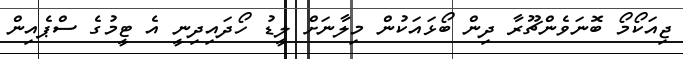
ޖިއަކޯމޯ ބޮނަވެންޗޫރާ ދިން ބޯޅައަކުން މިލާނަށް ލީޑު ހޯދައިދިނީ އެ ޓީމުގެ ސްޕެއިން